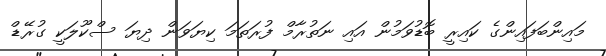
މައިންބަފައިންގެ ކައިރީ ބޮޑުވަމުން އައި ނަތުރާމް ފުރަތަމަ ކިޔަވަން ދިޔަ ސްކޫލަކީ ގުރޭޑް